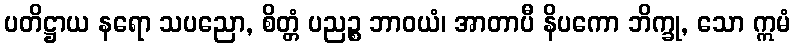
ပတိဋ္ဌာယ နရော သပညော, စိတ္တံ ပညဉ္စ ဘာဝယံ၊ အာတာပီ နိပကော ဘိက္ခု, သော ဣမံ